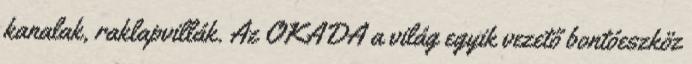
kanalak, raklapvillák. Az OKADA a világ egyik vezető bontóeszköz